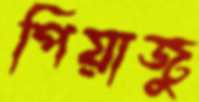
পিয়াজু